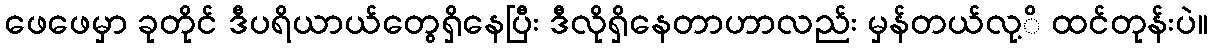
ဖေဖေမှာ ခုတိုင် ဒီပရိယာယ်တွေရှိနေပြီး ဒီလိုရှိနေတာဟာလည်း မှန်တယ်လု့ိ ထင်တုန်းပဲ။